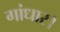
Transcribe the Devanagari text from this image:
गांधार।